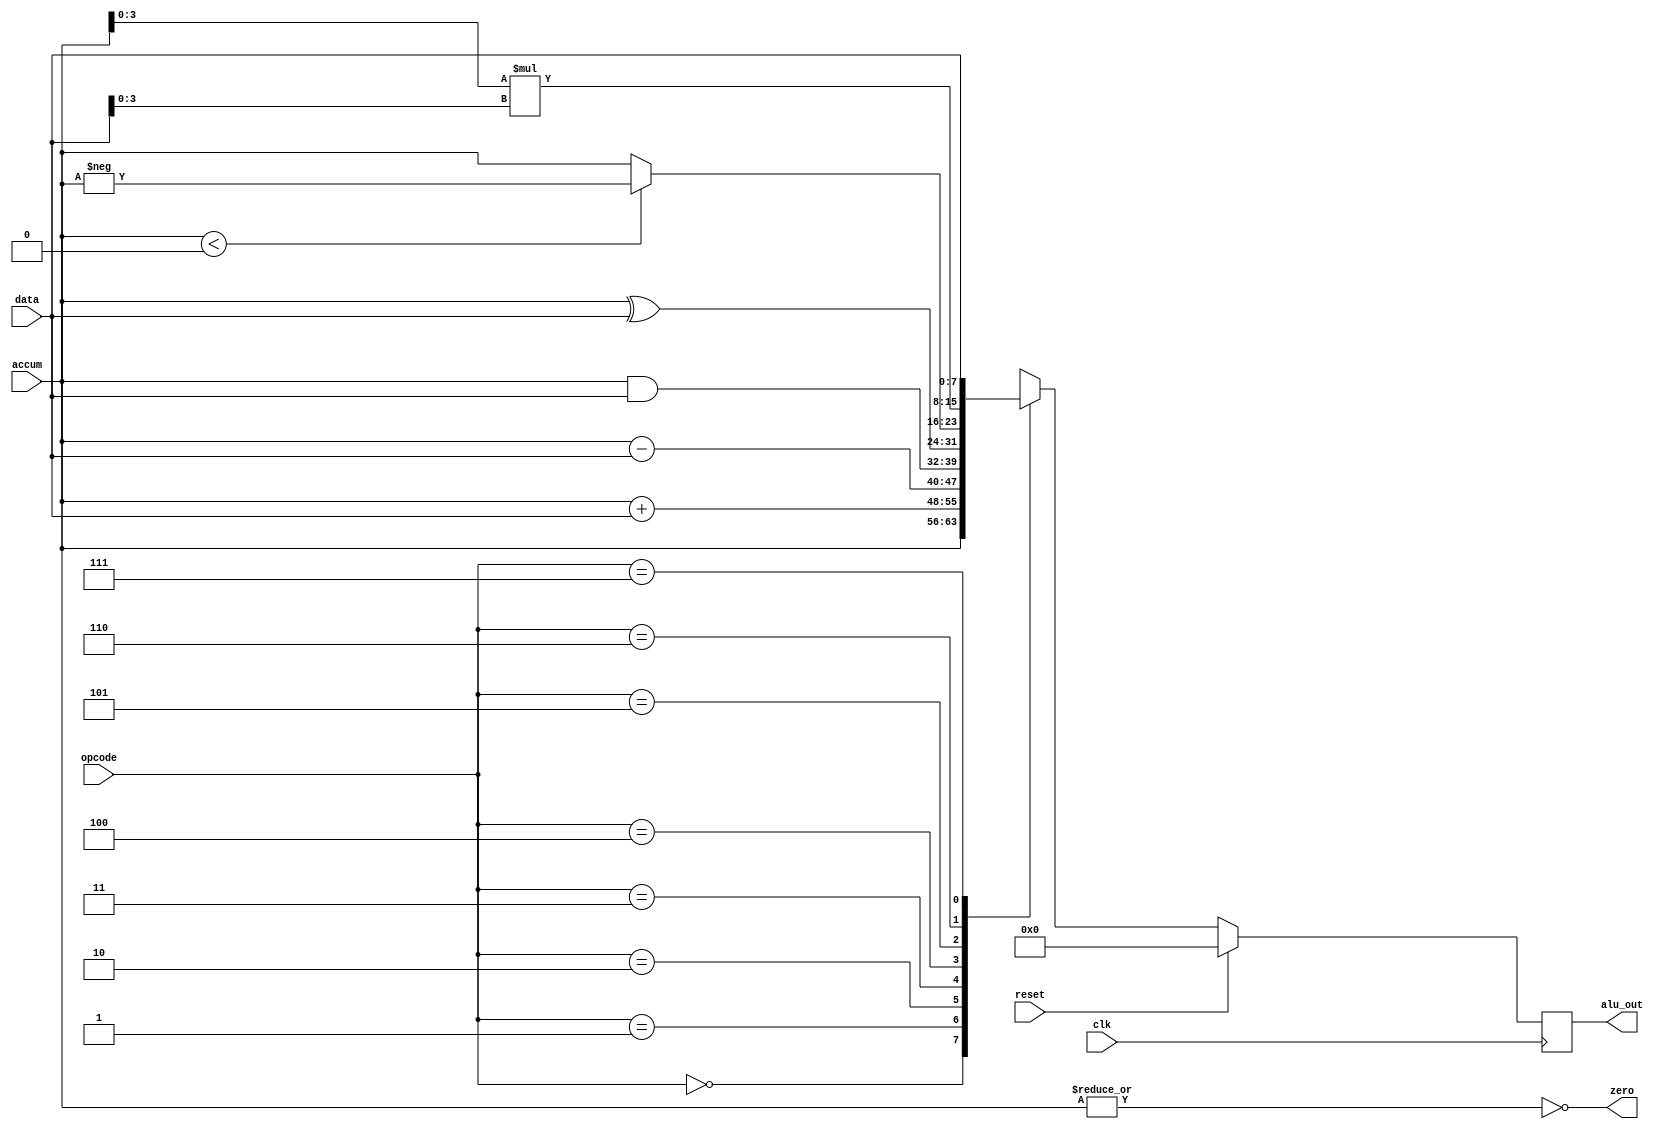
`define PSA 3'b000
`define ADD 3'b001
`define SUB 3'b010
`define AND 3'b011
`define XOR 3'b100
`define ABS 3'b101
`define MUL 3'b110
`define PSD 3'b111

module alu(
    input signed [7:0] data,
    input signed [7:0] accum,
    input [2:0] opcode,
    input clk,
    input reset,
    output reg [7:0] alu_out,
    output zero
);

    wire signed [3:0] Ldata = data[3:0];
    wire signed [3:0] Laccum = accum[3:0];

    assign zero = ~|accum;
    
    always @(posedge clk) begin
        if (reset) begin
            alu_out <= 0;
        end
        else begin
            casez (opcode)
                `PSA : alu_out <= accum;
                `ADD : alu_out <= accum + data;
                `SUB : alu_out <= accum - data;
                `AND : alu_out <= accum & data;
                `XOR : alu_out <= accum ^ data;
                `ABS : alu_out <= accum < 0 ? -accum : accum;
                `MUL : alu_out <= Laccum * Ldata;
                `PSD : alu_out <= data;
                default: alu_out <= 0;
            endcase
        end
    end

endmodule